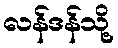
လန်ဒန်သို့